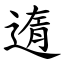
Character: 遀